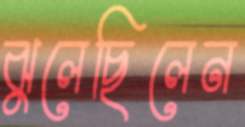
ঝুলেছিলেন